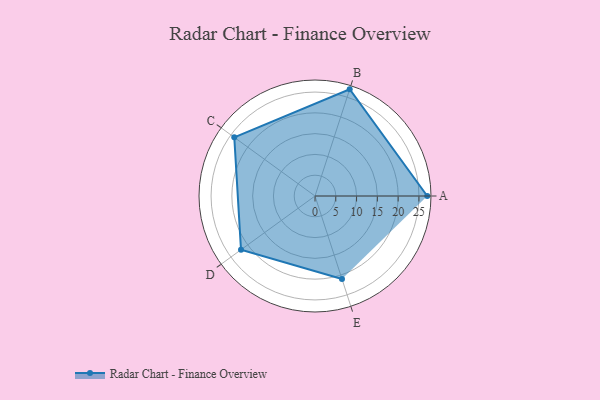
{"axis": {"x": "Skill", "y": "Score"}, "legend": ["Profile"], "data": [{"x": "A", "y": 27.0, "type": "Profile"}, {"x": "B", "y": 27.0, "type": "Profile"}, {"x": "C", "y": 24.0, "type": "Profile"}, {"x": "D", "y": 22.0, "type": "Profile"}, {"x": "E", "y": 21.0, "type": "Profile"}]}